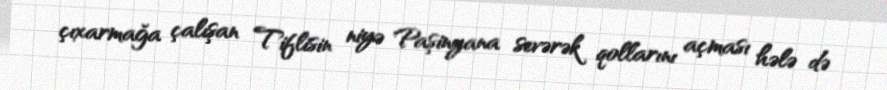
çıxarmağa çalışan Tiflisin niyə Paşinyana sevərək qollarını açması hələ də